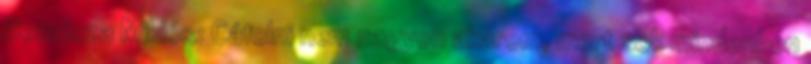
Beznicza Miklós: Cáfolni nem nagyon akarom, mert sok mindenben